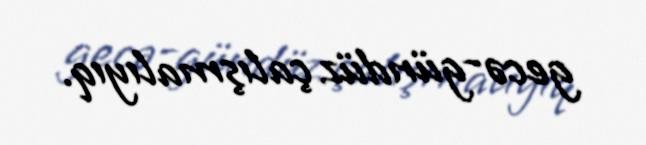
gecə-gündüz çalışmalıyıq.